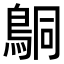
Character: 𬷍